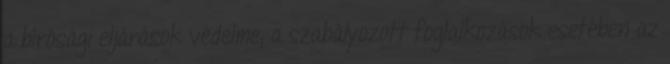
a bírósági eljárások védelme; a szabályozott foglalkozások esetében az